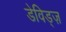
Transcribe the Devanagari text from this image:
डेविड्ज़